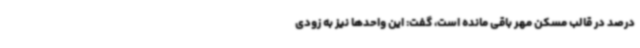
درصد در قالب مسکن مهر باقی مانده است، گفت: این واحدها نیز به زودی